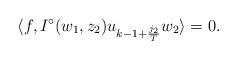
LaTeX: \begin{align*}\langle f, I^{\circ}(w_1, z_2)u_{k-1+\frac{j_2}{T}}w_2\rangle=0.\end{align*}